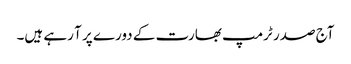
آج صدر ٹرمپ بھارت کے دورے پر آ رہے ہیں۔